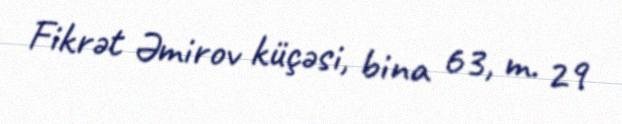
Fikrət Əmirov küçəsi, bina 63, m. 29